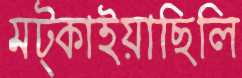
মট্‌কাইয়াছিলি